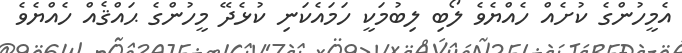
އެމީހުންގެ ކުށެއް ހެއްޔެވެ ލޯބި ލިބުމަކީ ހަމައެކަނި ކުޅެދޭ މީހުންގެ ޙައްޤެއް ހެއްޔެވެ